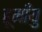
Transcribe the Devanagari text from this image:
हूमाँयु